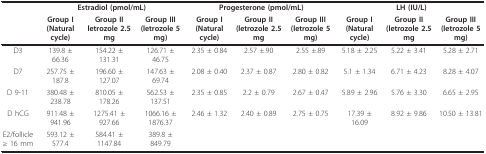
<table><thead><tr><td></td><td colspan="3"><b>Estradiol (pmol/mL)</b></td><td colspan="3"><b>Progesterone (pmol/mL)</b></td><td colspan="3"><b>LH (IU/L)</b></td></tr><tr><td></td><td><b>Group I (Natural cycle)</b></td><td><b>Group II letrozole 2.5 mg</b></td><td><b>Group III (letrozole 5 mg)</b></td><td><b>Group I (Natural cycle)</b></td><td><b>Group II (letrozole 2.5 mg</b></td><td><b>Group III (letrozole 5 mg)</b></td><td><b>Group I (Natural cycle)</b></td><td><b>Group II (letrozole 2.5 mg</b></td><td><b>Group III (letrozole 5 mg)</b></td></tr></thead><tbody><tr><td>D3</td><td>139.8 ± 66.36</td><td>154.22 ± 131.31</td><td>126.71 ± 46.75</td><td>2.35 ± 0.84</td><td>2.57 ±.90</td><td>2.55 ±.89</td><td>5.18 ± 2.25</td><td>5.22 ± 3.41</td><td>5.28 ± 2.71</td></tr><tr><td>D7</td><td>257.75 ± 187.8</td><td>196.60 ± 127.07</td><td>147.63 ± 69.74</td><td>2.08 ± 0.40</td><td>2.37 ± 0.87</td><td>2.80 ± 0.82</td><td>5.1 ± 1.34</td><td>6.71 ± 4.23</td><td>8.28 ± 4.07</td></tr><tr><td>D 9-11</td><td>380.48 ± 238.78</td><td>810.05 ± 178.26</td><td>562.53 ± 137.51</td><td>2.35 ± 0.85</td><td>2.2 ± 0.79</td><td>2.67 ± 0.47</td><td>5.89 ± 2.96</td><td>5.76 ± 3.30</td><td>6.65 ± 2.95</td></tr><tr><td>D hCG</td><td>911.48 ± 941.96</td><td>1275.41 ± 927.66</td><td>1066.16 ± 1876.37</td><td>2.46 ± 1.32</td><td>2.40 ± 0.89</td><td>2.75 ± 0.75</td><td>17.39 ± 16.09</td><td>8.92 ± 9.86</td><td>10.50 ± 13.81</td></tr><tr><td>E2/follicle ≥ 16 mm</td><td>593.12 ± 577.4</td><td>584.41 ± 1147.84</td><td>389.8 ± 849.79</td><td></td><td></td><td></td><td></td><td></td><td></td></tr></tbody></table>